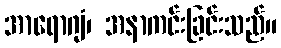
အာရောဂျံ၊ အနာကင်းခြင်းသည်။